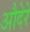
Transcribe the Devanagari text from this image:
औदेरे